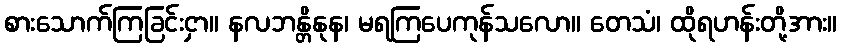
စားသောက်ကြခြင်းငှာ။ နလဘန္တိနုန၊ မရကြပေကုန်သလော။ တေသံ၊ ထိုရဟန်းတို့အား။